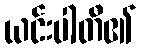
ယင်းပါတီ၏